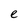
Character: e